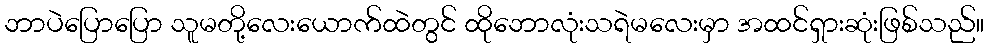
ဘာပဲပြောပြော သူမတို့လေးယောက်ထဲတွင် ထိုဘောလုံးသရဲမလေးမှာ အထင်ရှားဆုံးဖြစ်သည်။